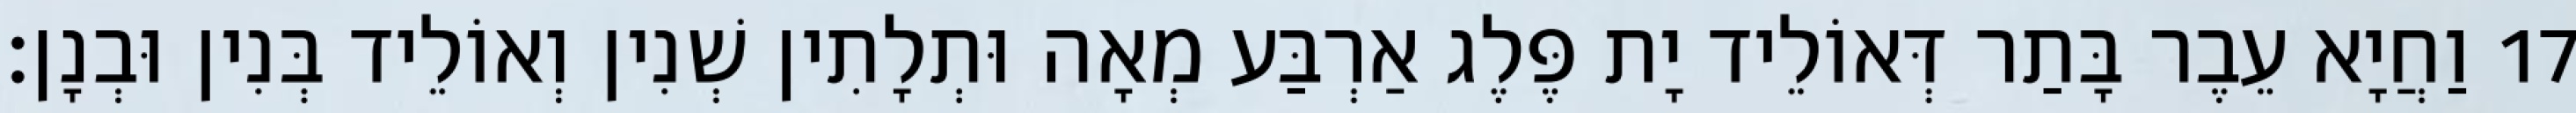
17 וַחֲיָא עֵבֶר בָּתַר דְּאוֹלֵיד יָת פֶּלֶג אַרְבַּע מְאָה וּתְלָתִין שְׁנִין וְאוֹלֵיד בְּנִין וּבְנָן׃